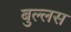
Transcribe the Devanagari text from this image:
बुल्लस